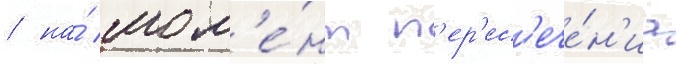
/ на́ мом'е́нт п'ер'ес'ече́н'иа